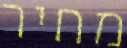
מחיר